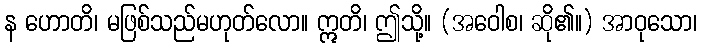
န ဟောတိ၊ မဖြစ်သည်မဟုတ်လော။ ဣတိ၊ ဤသို့။ (အဝေါစ၊ ဆို၏။) အာဝုသော၊